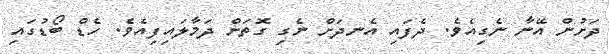
ދަށުން އޭނާ ނެގިއެވެ. ދެފައި އެނދަށް ނެގި ގޮތަށް ދަމާލައިފިއެވެ. ހެޑް ބޯޑުގައި